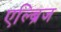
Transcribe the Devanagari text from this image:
एल्ब्रिज